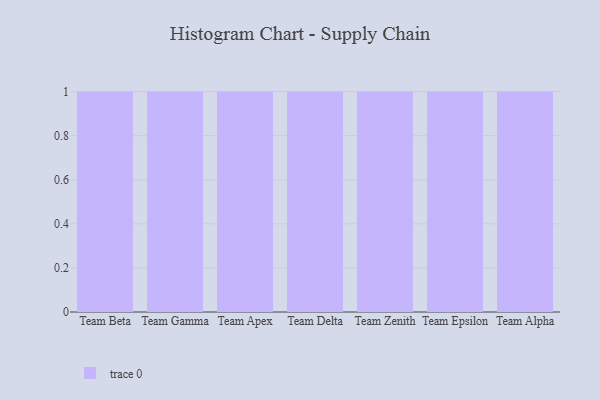
{"axis": {"x": "Team", "y": "Bounce Rate (%)"}, "legend": [""], "data": [{"x": "Team Beta", "y": 34, "type": ""}, {"x": "Team Gamma", "y": 71, "type": ""}, {"x": "Team Apex", "y": 52, "type": ""}, {"x": "Team Delta", "y": 2, "type": ""}, {"x": "Team Zenith", "y": 74, "type": ""}, {"x": "Team Epsilon", "y": 86, "type": ""}, {"x": "Team Alpha", "y": 69, "type": ""}]}